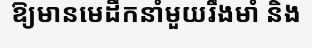
ឱ្យមានមេដឹកនាំមួយរឹងមាំ និង